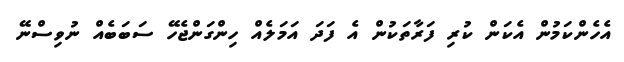
އެހެންކަމުން އެކަން ކުރި ފަރާތަކުން އެ ފަދަ އަމަލެއް ހިންގަންޖެހޭ ސަބަބެއް ނުވިސްނޭ